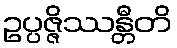
ဥပ္ပဇ္ဇိဿန္တီတိ